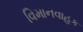
વિમાનવાહક